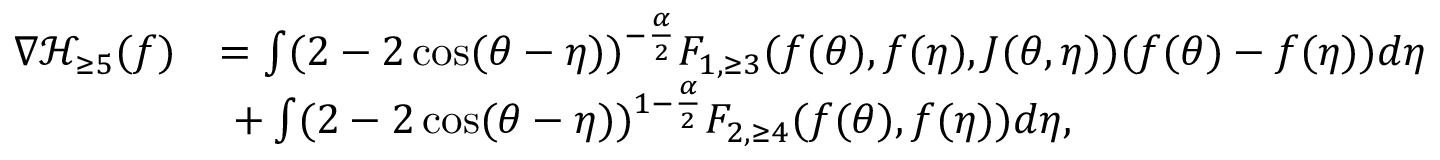
\begin{array} { r l } { \nabla \mathcal { H } _ { \ge 5 } ( f ) } & { = \int ( 2 - 2 \cos ( \theta - \eta ) ) ^ { - \frac { \alpha } { 2 } } F _ { 1 , \ge 3 } ( f ( \theta ) , f ( \eta ) , J ( \theta , \eta ) ) ( f ( \theta ) - f ( \eta ) ) d \eta } \\ & { \ + \int ( 2 - 2 \cos ( \theta - \eta ) ) ^ { 1 - \frac { \alpha } { 2 } } F _ { 2 , \ge 4 } ( f ( \theta ) , f ( \eta ) ) d \eta , } \end{array}